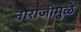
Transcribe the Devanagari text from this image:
नाराजीमुळे